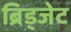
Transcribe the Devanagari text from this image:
ब्रिड्जेट